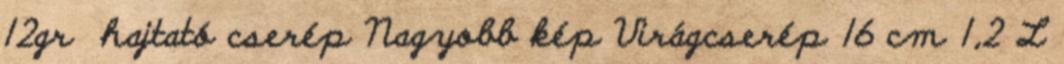
12gr hajtató cserép Nagyobb kép Virágcserép 16 cm 1,2 L